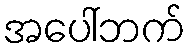
အပေါ်ဘက်